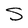
Character: S